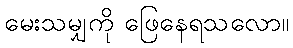
မေးသမျှကို ဖြေနေရသလော။